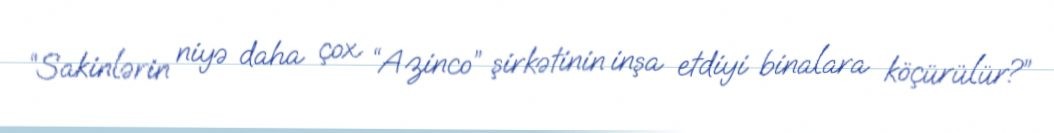
“Sakinlərin niyə daha çox “Azinco” şirkətinin inşa etdiyi binalara köçürülür?”